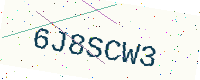
Text: 6J8SCW3